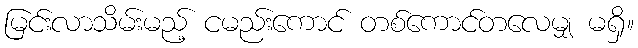
မြင်းလာသိမ်းမည့် ငမည်းကောင် တစ်ကောင်တလေမျှ မရှိ။